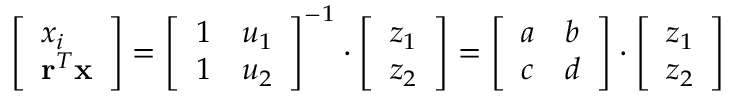
\left[ \begin{array} { l } { x _ { i } } \\ { \mathbf { r } ^ { T } \mathbf { x } } \end{array} \right] = \left[ \begin{array} { l l } { 1 } & { u _ { 1 } } \\ { 1 } & { u _ { 2 } } \end{array} \right] ^ { - 1 } \cdot \left[ \begin{array} { l } { z _ { 1 } } \\ { z _ { 2 } } \end{array} \right] = \left[ \begin{array} { l l } { a } & { b } \\ { c } & { d } \end{array} \right] \cdot \left[ \begin{array} { l } { z _ { 1 } } \\ { z _ { 2 } } \end{array} \right]